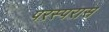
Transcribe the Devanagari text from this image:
परस्परास